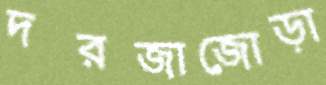
দরজাজোড়া